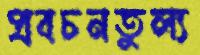
প্রবচনতুল্য